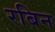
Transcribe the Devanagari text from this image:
रबिन